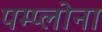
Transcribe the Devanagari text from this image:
पम्प्लोना